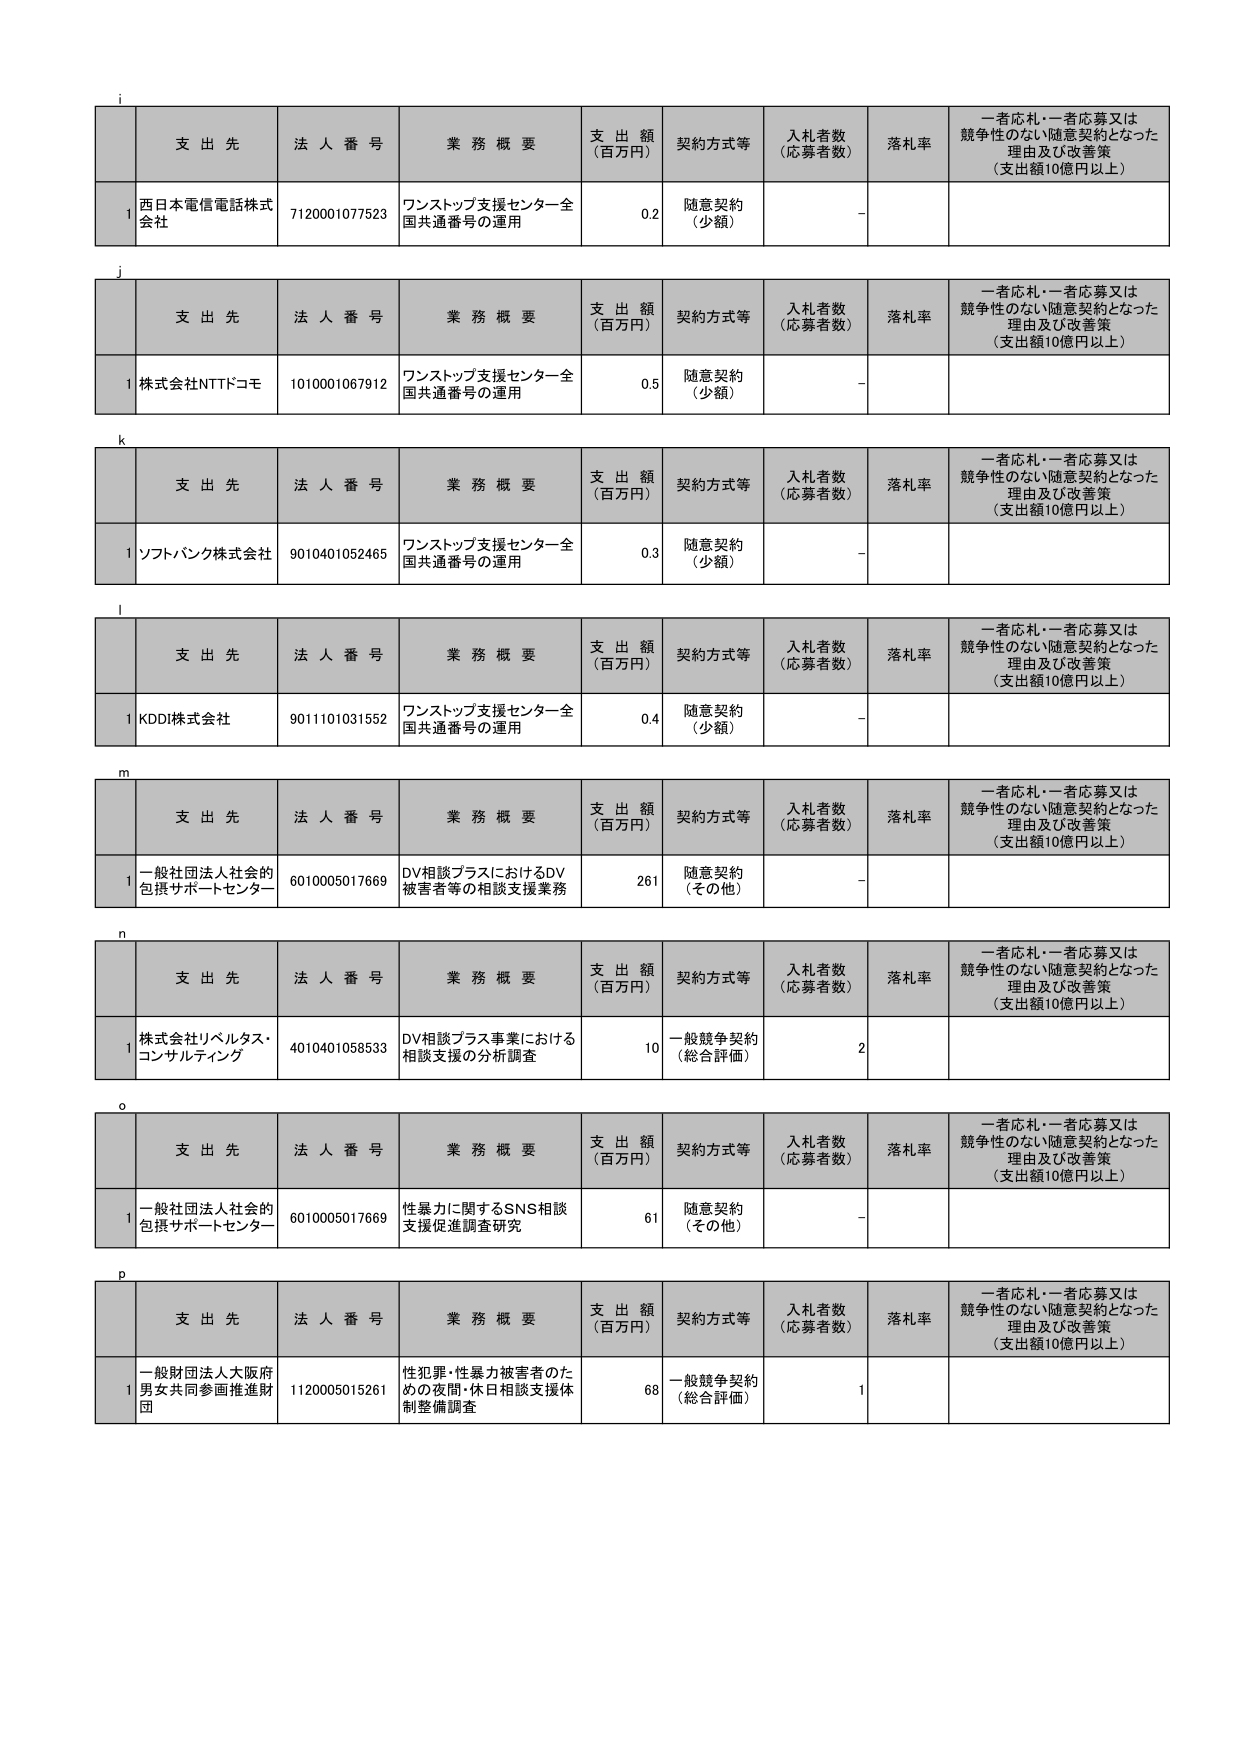
i
支 出 先 法 人 番 号 業 務 概 要 支 出 額 （百万円） 契約方式等 入札者数 （応募者数） 落札率 一者応札・一者応募又は 競争性のない随意契約となった 理由及び改善策 （支出額10億円以上）
1 西日本電信電話株式 会社 7120001077523 ワンストップ支援センター全 国共通番号の運用 0.2 随意契約 （少額） －

j
支 出 先 法 人 番 号 業 務 概 要 支 出 額 （百万円） 契約方式等 入札者数 （応募者数） 落札率 一者応札・一者応募又は 競争性のない随意契約となった 理由及び改善策 （支出額10億円以上）
1 株式会社NTTドコモ 1010001067912 ワンストップ支援センター全 国共通番号の運用 0.5 随意契約 （少額） －

k
支 出 先 法 人 番 号 業 務 概 要 支 出 額 （百万円） 契約方式等 入札者数 （応募者数） 落札率 一者応札・一者応募又は 競争性のない随意契約となった 理由及び改善策 （支出額10億円以上）
1 ソフトバンク株式会社 9010401052465 ワンストップ支援センター全 国共通番号の運用 0.3 随意契約 （少額） －

l
支 出 先 法 人 番 号 業 務 概 要 支 出 額 （百万円） 契約方式等 入札者数 （応募者数） 落札率 一者応札・一者応募又は 競争性のない随意契約となった 理由及び改善策 （支出額10億円以上）
1 KDDI株式会社 9011101031552 ワンストップ支援センター全 国共通番号の運用 0.4 随意契約 （少額） －

m
支 出 先 法 人 番 号 業 務 概 要 支 出 額 （百万円） 契約方式等 入札者数 （応募者数） 落札率 一者応札・一者応募又は 競争性のない随意契約となった 理由及び改善策 （支出額10億円以上）
1 一般社団法人社会的 包摂サポートセンター 6010005017669 DV相談プラスにおけるDV 被害者等の相談支援業務 261 随意契約 （その他） －

n
支 出 先 法 人 番 号 業 務 概 要 支 出 額 （百万円） 契約方式等 入札者数 （応募者数） 落札率 一者応札・一者応募又は 競争性のない随意契約となった 理由及び改善策 （支出額10億円以上）
1 株式会社リベルタス・ コンサルティング 4010401058533 DV相談プラス事業における 相談支援の分析調査 10 一般競争契約 （総合評価） 2

o
支 出 先 法 人 番 号 業 務 概 要 支 出 額 （百万円） 契約方式等 入札者数 （応募者数） 落札率 一者応札・一者応募又は 競争性のない随意契約となった 理由及び改善策 （支出額10億円以上）
1 一般社団法人社会的 包摂サポートセンター 6010005017669 性暴力に関するSNS相談 支援促進調査研究 61 随意契約 （その他） －

p
支 出 先 法 人 番 号 業 務 概 要 支 出 額 （百万円） 契約方式等 入札者数 （応募者数） 落札率 一者応札・一者応募又は 競争性のない随意契約となった 理由及び改善策 （支出額10億円以上）
1 一般財団法人大阪府 男女共同参画推進財 団 1120005015261 性犯罪・性暴力被害者のた めの夜間・休日相談支援体 制整備調査 68 一般競争契約 （総合評価） 1